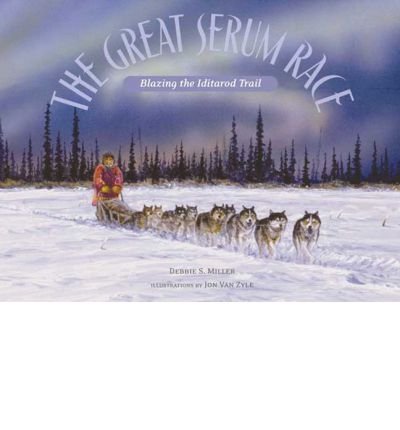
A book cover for [(The Great Serum Race: Blazing the Iditarod Trail )] [Author: Debbie S Miller] [Mar-2006]; Debbie S Miller; Sports & Outdoors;